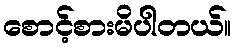
စောင့်စားမိပါတယ်။